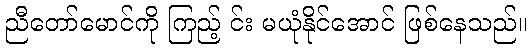
ညီတော်မောင်ကို ကြည့် င်း မယုံနိုင်အောင် ဖြစ်နေသည်။